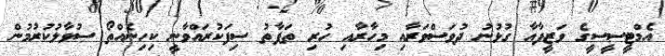
އެމްޓީސީސީގެ ވަޒީފާއާ ގުޅުނު ދުވަސްވަރާއި މިހާރާއި ހުރި ތަފާތު ސިފަކުރައްވާނީ ކިހިނެއްތޯ ސުވާލުކުރުމުން